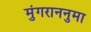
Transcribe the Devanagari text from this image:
मुंगराननुमा